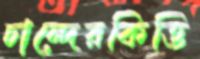
চান্দেরকিত্তি